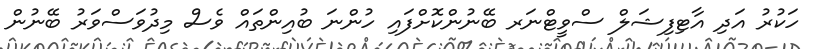
ހަކުރު އަދި އާޓިފިޝަލް ސްވީޓްނަރ ބޭނުންކޮށްފައި ހުންނަ ބުއިންތައް ވެސް މިދުވަސްވަރު ބޭނުން